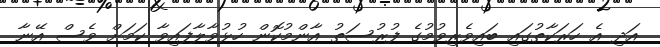
އަދި އެ ހަރަކާތުގައި ބައިވެރިވުމުގެ ފުރުސަތު އާންމުކޮން ހުޅުވާލާފައިވާ ކަމަށް ވެސް އޭނާ